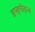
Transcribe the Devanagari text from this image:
ब्रम्हचैतन्य